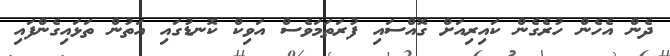
ދެން އެހެން ހުރެގެން ކައިރިއަށް ގޮއްސައި ފުރަތަމަވެސް އަވިކް ކޮނޑުގައި އަތުން ތަޅައިގެންފައި